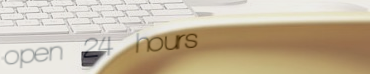
open 24 hours